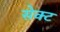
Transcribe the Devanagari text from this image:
सेक्‍ट